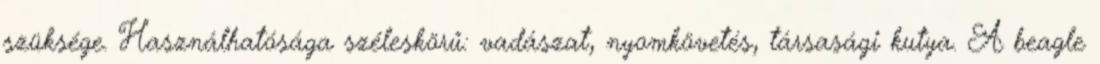
szüksége. Használhatósága széleskörű: vadászat, nyomkövetés, társasági kutya. A beagle